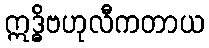
ဣဒ္ဓိဗဟုလီကတာယ